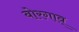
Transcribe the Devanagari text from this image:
बोरगाव्